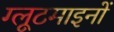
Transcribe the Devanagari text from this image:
ग्लूटमाइनों